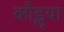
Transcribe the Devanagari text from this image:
कौडॢया